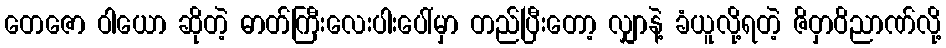
တေဇော ဝါယော ဆိုတဲ့ ဓာတ်ကြီးလေးပါးပေါ်မှာ တည်ပြီးတော့ လျှာနဲ့ ခံယူလို့ရတဲ့ ဇိဝှာဝိညာဏ်လို့